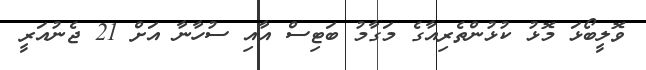
ވޮލީބޯޅަ މޮޅު ކުޅުންތެރިއާގެ މަގާމު ބަޓިސް އާއި ސުހާނާ އަށް 21 ޖެނުއަރީ